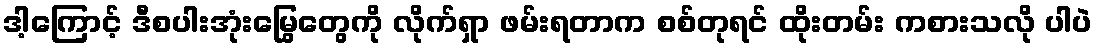
ဒါ့ကြောင့် ဒီစပါးအုံးမြွေတွေကို လိုက်ရှာ ဖမ်းရတာက စစ်တုရင် ထိုးတမ်း ကစားသလို ပါပဲ